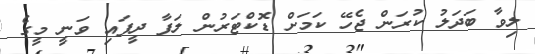
ލިވާ ބަދަލު ކުރަން ޖެހޭ ކަމަށް ޑޮކްޓަރުން ލަފާ ދީފައި ވަނީ މީގެ